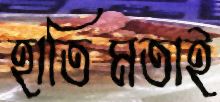
হাতিমতাই